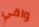
واقي